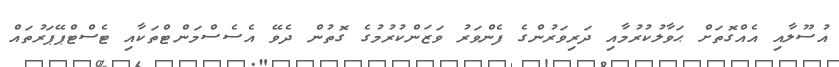
އުސޫލާއި އެއްގޮތަށް ޙަވާލުކުރުމާއި ދަރިވަރުންގެ ފެންވަރު ވަޒަންކުރުމުގެ ގޮތުން ދެވޭ އެސެސްމަންޓްތަކާއި ޓެސްޓްޕޭޕަރުތައް